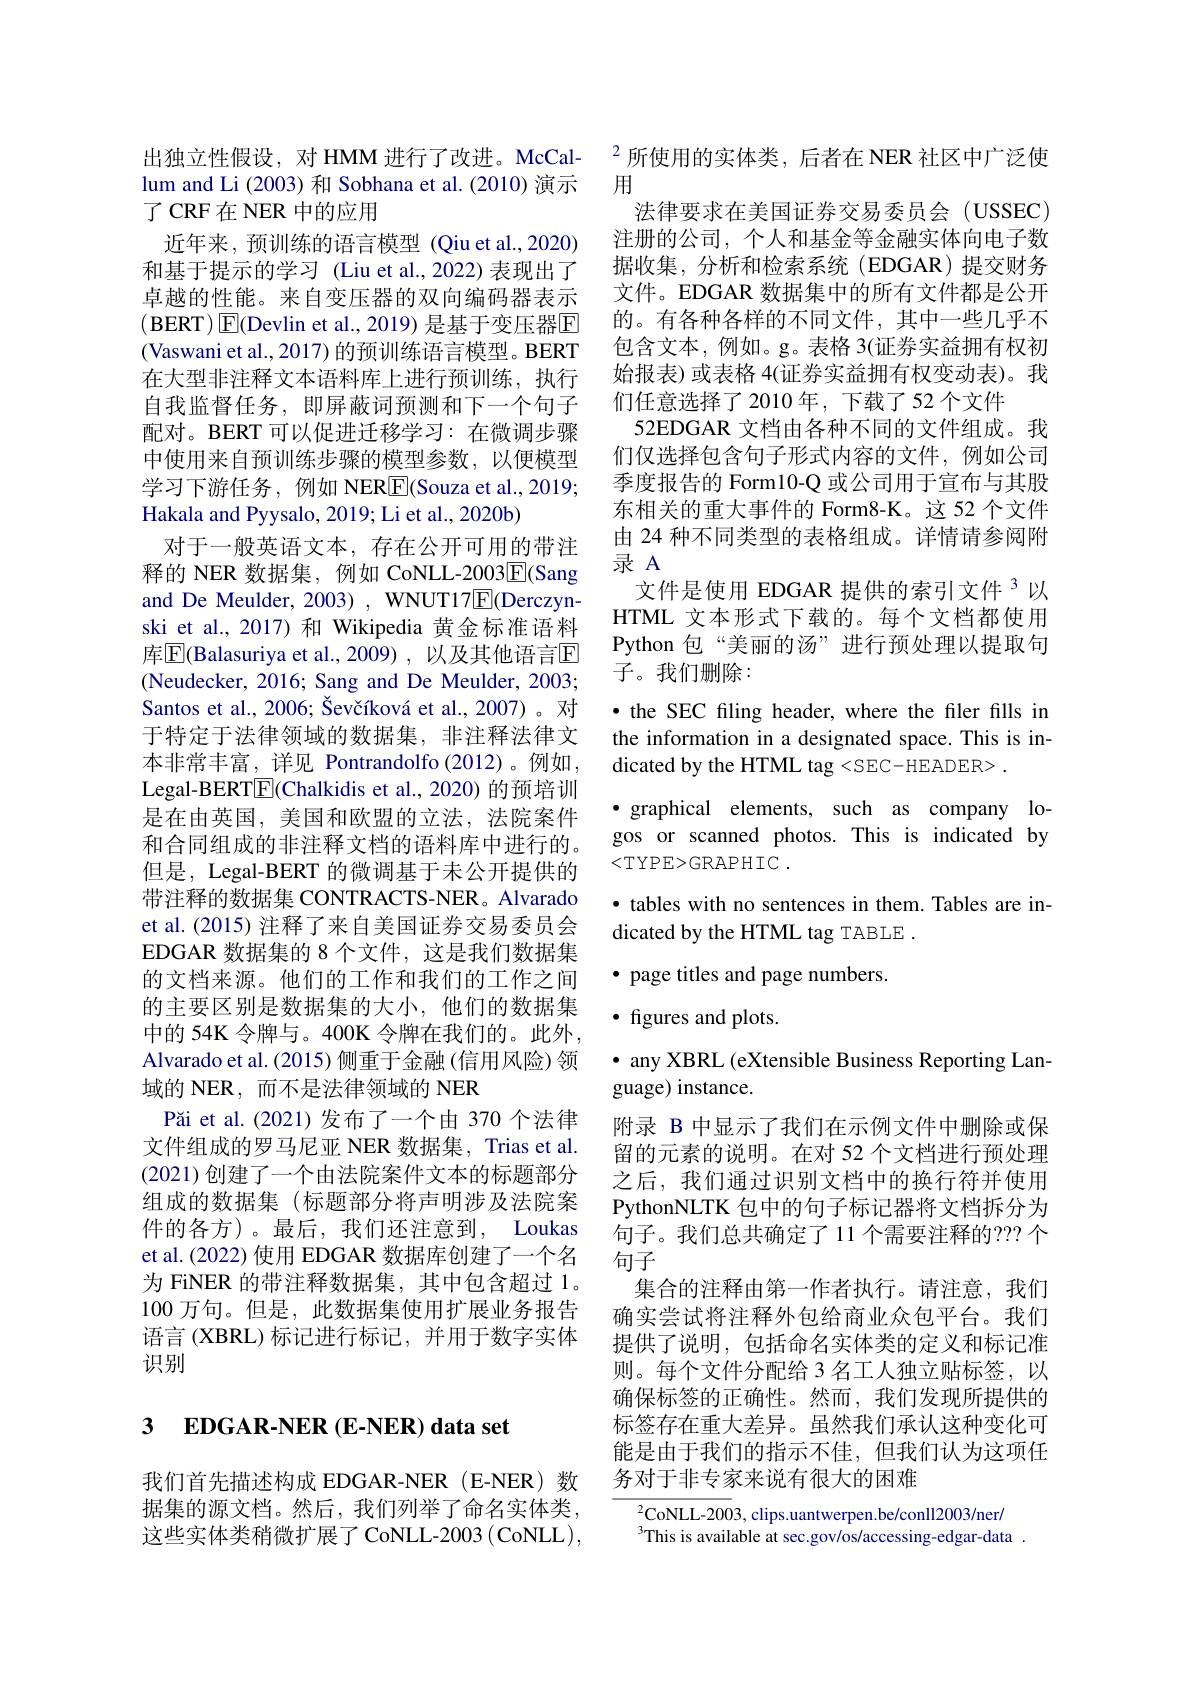
出独立性假设，对 HMM 进行了改进。McCallum and Li (2003) 和 Sobhana et al. (2010) 演示了 CRF在 NER 中的应用
近年来，预训练的语言模型 (Qiu et al.,2020) 和基于提示的学习 (Liu et al.,2022)表现出了卓越的性能。来自变压器的双向编码器表示(BERT$)\boxed{\mathrm{E}}($Devlin et al., 2019) 是基于变压器$\boxed{\mathrm{E}}$ (Vaswani et al., 2017) 的预训练语言模型。BERT 在大型非注释文本语料库上进行预训练，执行自我监督任务，即屏蔽词预测和下一个句子配对。BERT 可以促进迁移学习：在微调步骤中使用来自预训练步骤的模型参数，以便模型学习下游任务，例如 NERE(Souza et al.,2019; Hakala and Pyysalo, 2019; Li et al., 2020b)
对于一般英语文本，存在公开可用的带注释的 NER 数据集，例如 CoNLL-2003$\boxed{\mathrm{E}}($Sang and De Meulder, 2003) , WNUT17$\overline{\mathbb{E}}$(Derczynski et al.,2017)和 Wikipedia 黄金标准语料库$\overline{\mathrm{E}}$(Balasuriya et al.,2009),以及其他语言$\mathbb{E}$ (Neudecker, 2016; Sang and De Meulder, 2003; Santos et al., 2006; Ševčíková et al., 2007)。对于特定于法律领域的数据集，非注释法律文本非常丰富，详见 Pontrandolfo(2012)。例如， Legal-BERTE(Chalkidis et al., 2020) 的预培训是在由英国，美国和欧盟的立法，法院案件和合同组成的非注释文档的语料库中进行的。但是，Legal-BERT 的微调基于未公开提供的带注释的数据集 CONTRACTS-NER。Alvarado et al. (2015) 注释了来自美国证券交易委员会EDGAR 数据集的 8 个文件，这是我们数据集的文档来源。他们的工作和我们的工作之间的主要区别是数据集的大小，他们的数据集中的 54K 令牌与。400K 令牌在我们的。此外Alvarado et al. (2015) 侧重于金融 (信用风险) 领域的 NER , 而不是法律领域的 NER
Păi et al.(2021)发布了一个由 370 个法律文件组成的罗马尼亚 NER 数据集，Trias et al. (2021)创建了一个由法院案件文本的标题部分组成的数据集(标题部分将声明涉及法院案件的各方)。最后，我们还注意到，Loukas et al.(2022) 使用 EDGAR 数据库创建了一个名为 FiNER 的带注释数据集，其中包含超过 1。100 万句。但是，此数据集使用扩展业务报告语言 (XBRL) 标记进行标记，并用于数字实体识别

## 3 $\mathbf{EDGAR- NER( E- NER) dataset}$

我们首先描述构成 EDGAR-NER(E-NER)数据集的源文档。然后，我们列举了命名实体类， 这些实体类稍微扩展了 CoNLL-2003(CoNLL),

$^{2}$所使用的实体类，后者在 NER 社区中广泛使
用
法律要求在美国证券交易委员会(USSEC) 注册的公司，个人和基金等金融实体向电子数据收集，分析和检索系统(EDGAR)提交财务文件。EDGAR 数据集中的所有文件都是公开的。有各种各样的不同文件，其中一些几乎不包含文本，例如。g。表格 3(证券实益拥有权初始报表)或表格 4(证券实益拥有权变动表)。我们任意选择了 2010 年，下载了52 个文件
52EDGAR 文档由各种不同的文件组成。我们仅选择包含句子形式内容的文件，例如公司季度报告的 Form10-Q 或公司用于宣布与其股东相关的重大事件的 Form8-K。这 52 个文件由 24 种不同类型的表格组成。详情请参阅附录 A
文件是使用 EDGAR 提供的索引文件 3以HTML 文本形式下载的。每个文档都使用Python 包“美丽的汤”进行预处理以提取句子。我们删除：
·the SEC filing header, where the filer fills in

the information in a designated space. This is in-
dicated by the HTML tag <SEC-HEADER> .
·graphical elements, such as company logos or scanned photos. This is indicated by <TYPE>GRAPHIC.
· tables with no sentences in them. Tables are in-
dicated by the HTML tag TABLE .
$•$ page titles and page numbers.
$\bullet$ figures and plots.
$\bullet$ any XBRL (eXtensible Business Reporting Lan-
guage) instance.
附录 B 中显示了我们在示例文件中删除或保留的元素的说明。在对 52 个文档进行预处理之后，我们通过识别文档中的换行符并使用PythonNLTK 包中的句子标记器将文档拆分为句子。我们总共确定了 11 个需要注释的？?? 个句子
集合的注释由第一作者执行。请注意，我们确实尝试将注释外包给商业众包平台。我们提供了说明，包括命名实体类的定义和标记准则。每个文件分配给 3 名工人独立贴标签，以确保标签的正确性。然而，我们发现所提供的标签存在重大差异。虽然我们承认这种变化可能是由于我们的指示不佳，但我们认为这项任务对于非专家来说有很大的困难
$^{2}$CoNLL-2003, clips.uantwerpen.be/conll2003/ner/ $^{3}$This is available at sec.gov/os/accessing-edgar-data